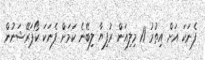
ފެނަކަ އަށް އިތުރު 11 މިލިއަން ރުފިޔާ ލިބޭނެ ކަމަށް ފެނަކަ ކޯޕަރޭޝަނުން